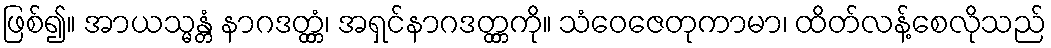
ဖြစ်၍။ အာယသ္မန္တံ နာဂဒတ္တ္တံ၊ အရှင်နာဂဒတ္တ္တကို။ သံဝေဇေတုကာမာ၊ ထိတ်လန့်စေလိုသည်